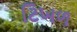
ટિખળ